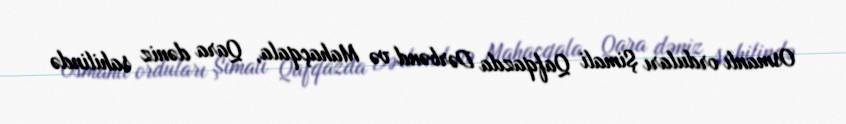
Osmanlı orduları Şimali Qafqazda Dərbənd və Mahaçqala, Qara dəniz sahilində